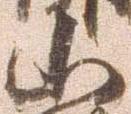
山